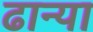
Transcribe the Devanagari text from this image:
ढान्या